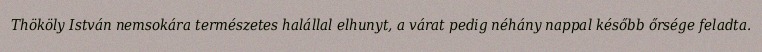
Thököly István nemsokára természetes halállal elhunyt, a várat pedig néhány nappal később őrsége feladta.